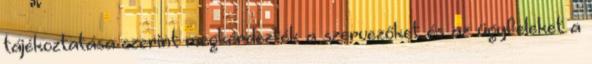
tájékoztatása szerint megkérdezték a szervezőket és az ügyfeleket a